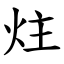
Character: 炷